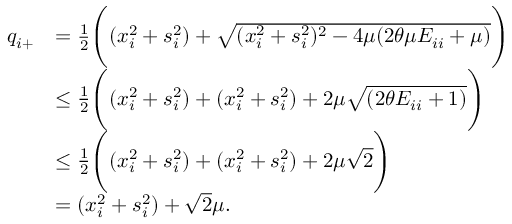
\begin{array} { r l } { q _ { i + } } & { = \frac { 1 } { 2 } \Bigg ( ( x _ { i } ^ { 2 } + s _ { i } ^ { 2 } ) + \sqrt { ( x _ { i } ^ { 2 } + s _ { i } ^ { 2 } ) ^ { 2 } - 4 \mu ( 2 \theta \mu E _ { i i } + \mu ) } \Bigg ) } \\ & { \leq \frac { 1 } { 2 } \Bigg ( ( x _ { i } ^ { 2 } + s _ { i } ^ { 2 } ) + ( x _ { i } ^ { 2 } + s _ { i } ^ { 2 } ) + 2 \mu \sqrt { ( 2 \theta E _ { i i } + 1 ) } \Bigg ) } \\ & { \leq \frac { 1 } { 2 } \Bigg ( ( x _ { i } ^ { 2 } + s _ { i } ^ { 2 } ) + ( x _ { i } ^ { 2 } + s _ { i } ^ { 2 } ) + 2 \mu \sqrt { 2 } \Bigg ) } \\ & { = ( x _ { i } ^ { 2 } + s _ { i } ^ { 2 } ) + \sqrt { 2 } \mu . } \end{array}